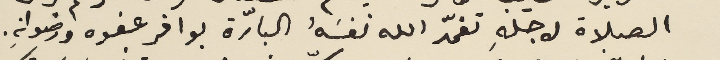
الصلاة لاجلهِ تغمّد الله نفسَهُ البارّة بوافر عفوه ورضوانهِ.